Document type: Oath
Year: 1447
Scribe: Pere Figuerola
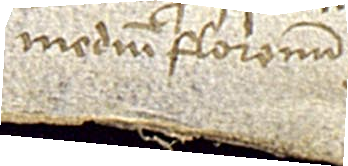
medium florenum